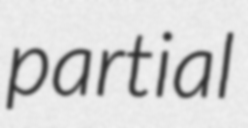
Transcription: partial